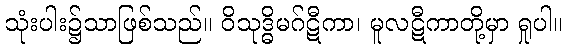
သုံးပါး၌သာဖြစ်သည်။ ဝိသုဒ္ဓိမဂ်ဋီကာ၊ မူလဋီကာတို့မှာ ရှုပါ။